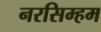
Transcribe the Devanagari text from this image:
नरसिम्हम